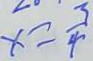
x = \frac { 3 } { 4 }